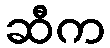
ဆီက